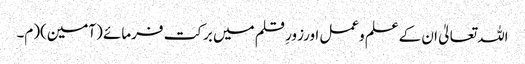
اللہ تعالیٰ ان کےعلم وعمل اورزورِ قلم میں برکت فرمائے (آمین)(م۔